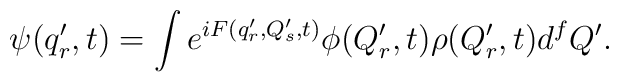
\psi(q'_r,t)=\int e^{ iF(q'_r, Q'_s,t) } \phi(Q'_r,t) \rho(Q'_r,t) d^f Q'.